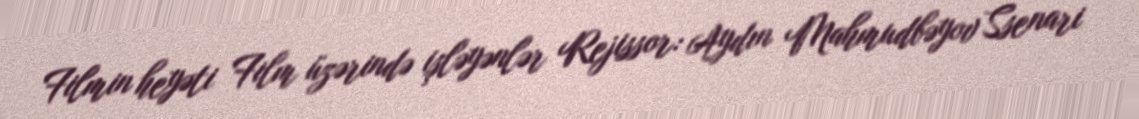
Filmin heyəti Film üzərində işləyənlər Rejissor: Aydın Mahmudbəyov Ssenari